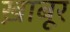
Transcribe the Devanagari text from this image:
ख़ाबूर